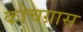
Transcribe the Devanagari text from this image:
कोचग्रास